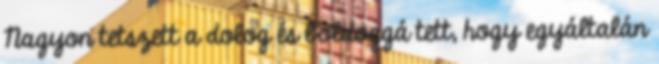
Nagyon tetszett a dolog és boldoggá tett, hogy egyáltalán